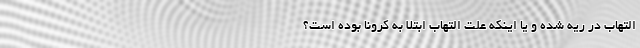
التهاب در ریه شده و یا اینکه علت التهاب ابتلا به کرونا بوده است؟